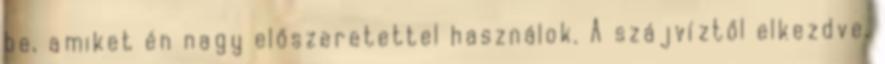
be, amiket én nagy előszeretettel használok. A szájvíztől elkezdve,